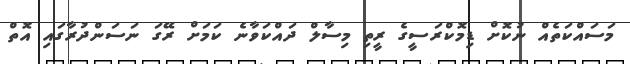
މަސައްކަތެއް ނުކޮށް ޑިމޮކްރަސީގެ ރީތި މިސާލް ދައްކަވާނެ ކަމަށް ރޭގަ ނަސަންދުރާގައި އޮތް